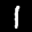
Label: 1